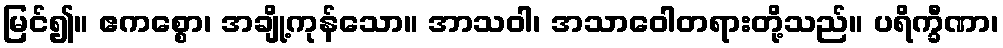
မြင်၍။ ဧကစ္စော၊ အချို့ကုန်သော။ အာသဝါ၊ အသာဝေါတရားတို့သည်။ ပရိက္ခီဏာ၊